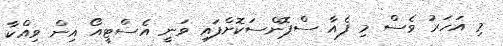
މި އަހަރު ވެސް މި ފެއާ ސްޕޮންސަކޮށްފައި ވަނީ އެސްޓީއޯ އިން ވިއްކާ